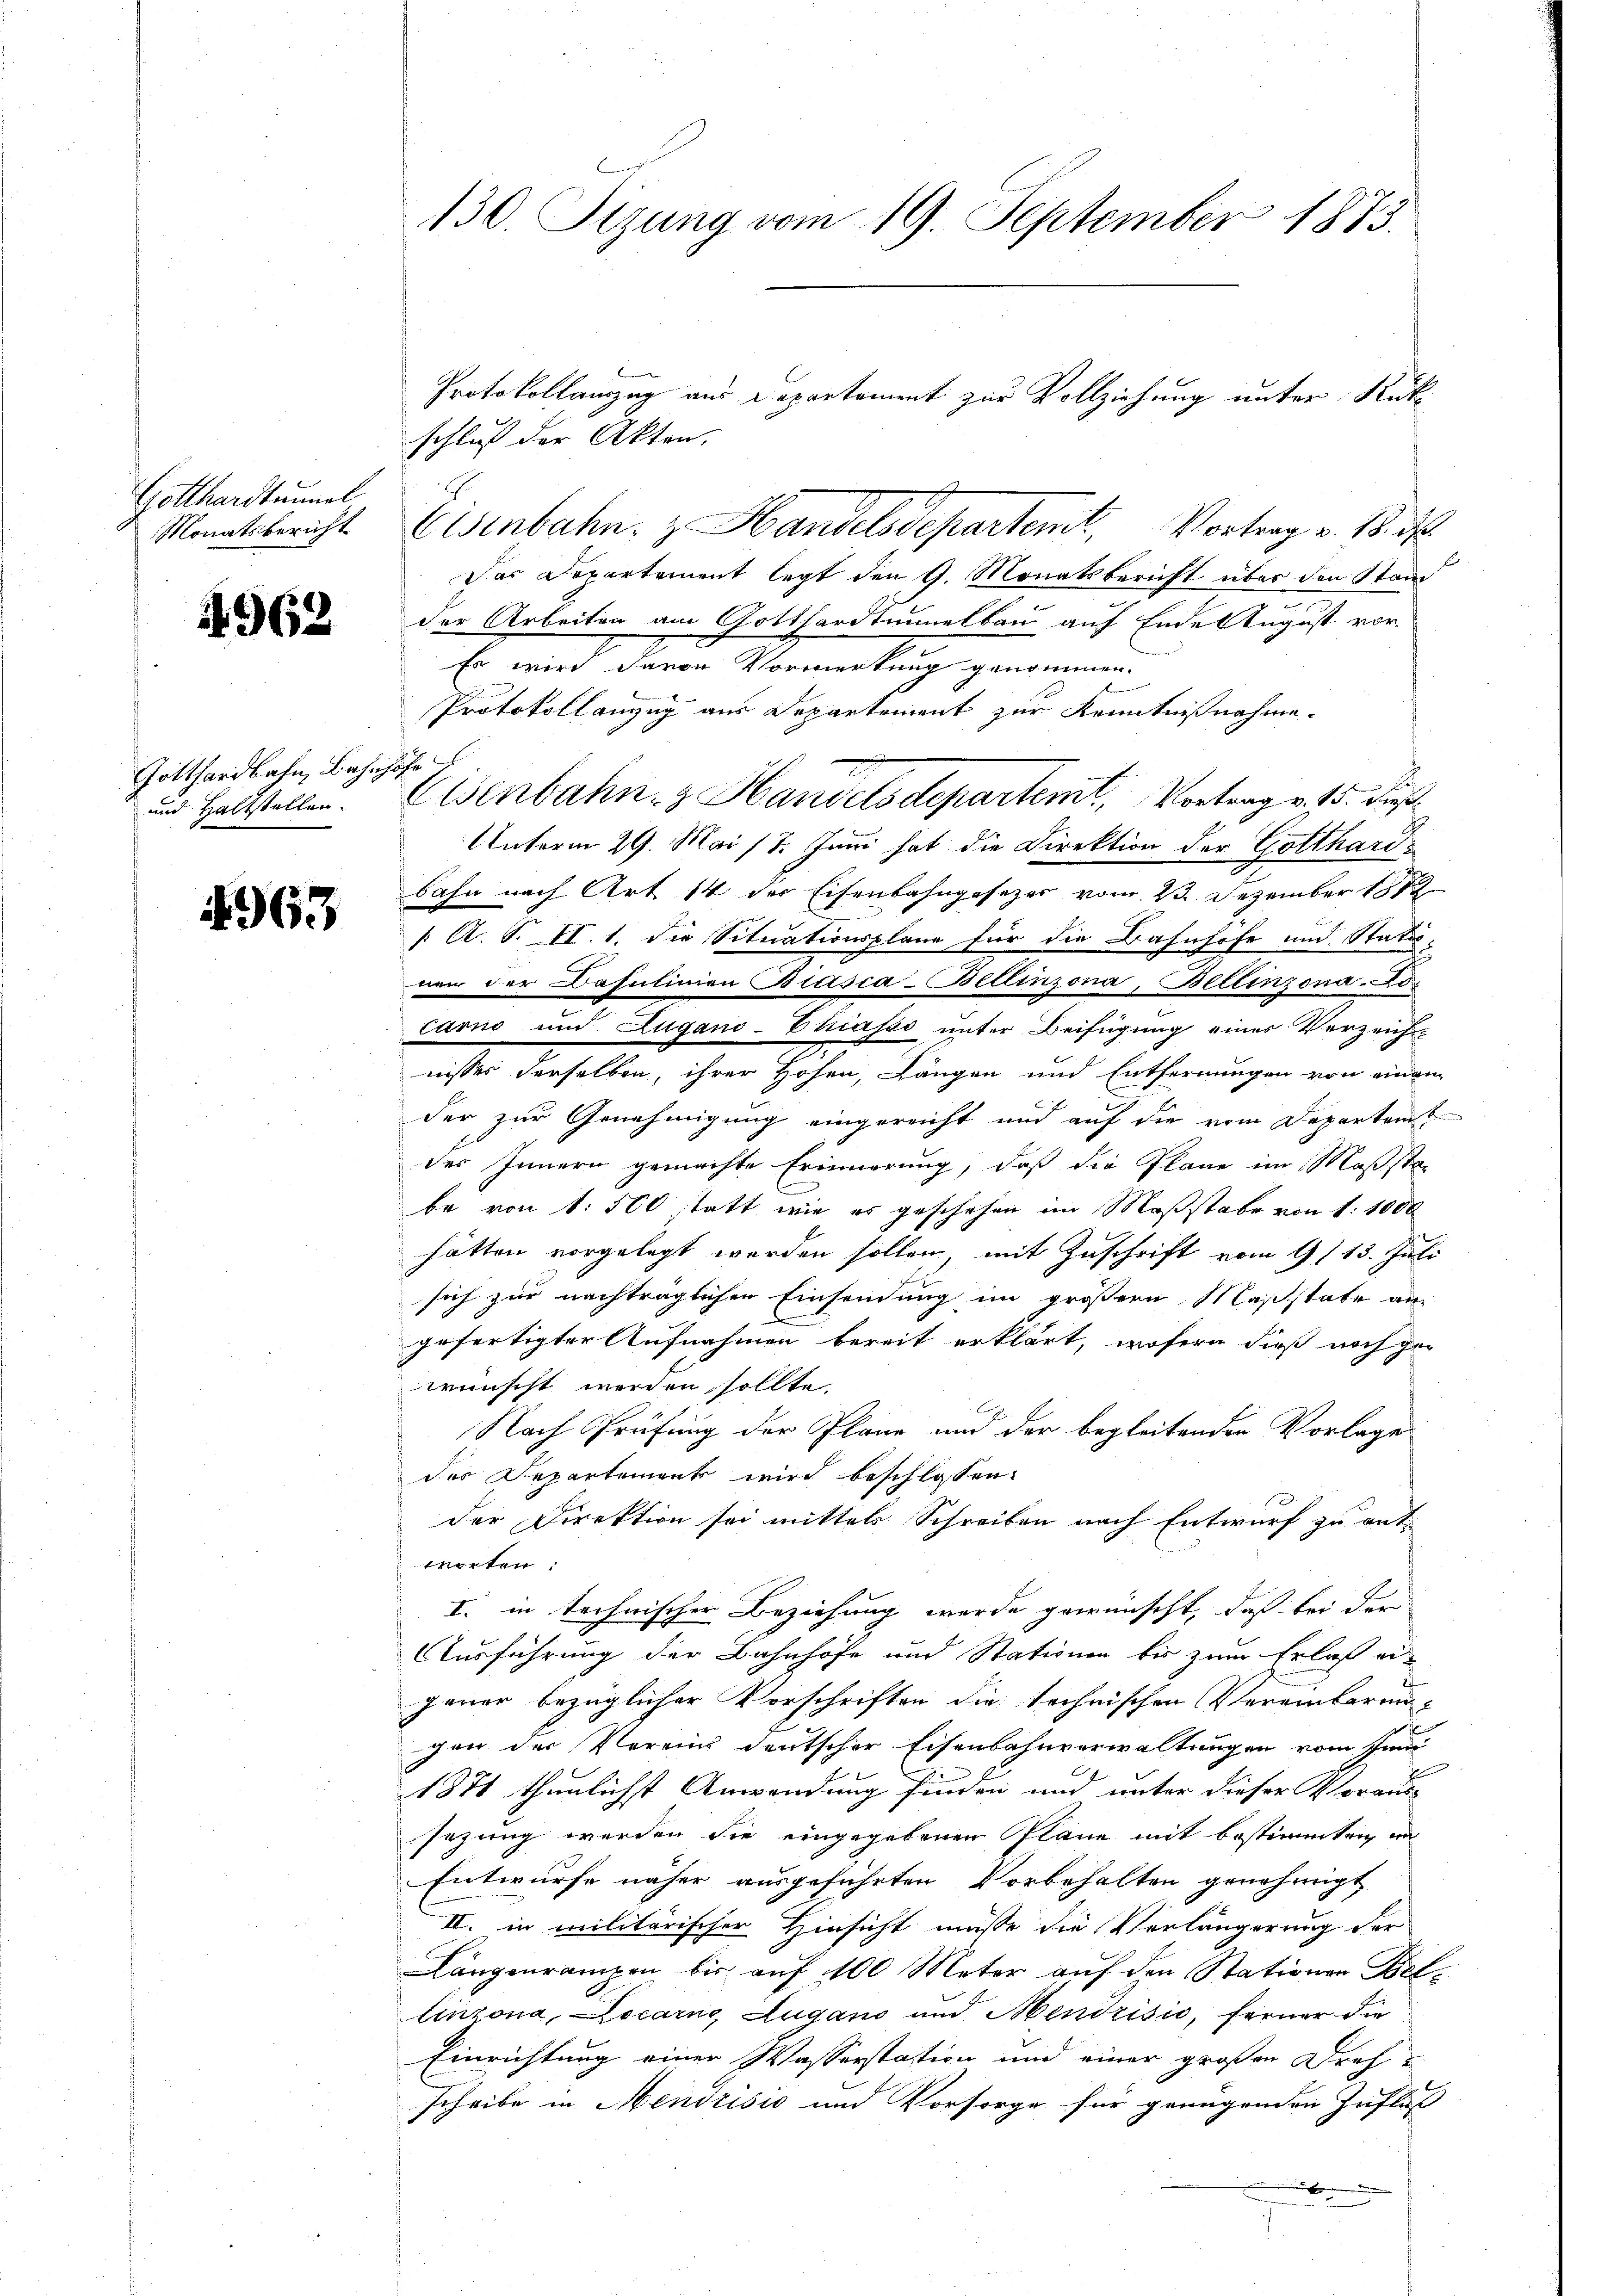
Gotthardtunnel
Monatsbericht

4962

Gotthardbahn, Bahn
und Haltstellen.

4963

130. Sizung vom 19. September 1873.

schluß der Akten,
Eisenbahn. z. Handelsdepartemt, Vortrag v. 18. d.
Das Departement legt den 9. Monatsbericht über den Stand
der Arbeiten am Gotthardtunnelbau auf Ende August vor
Es wird davon Vormerkung genommen.
Protokoll anzug aus Departement zur Kenntnißnahme

Eisenbahn. z. Handelsdepartemt. Vortrag v. 15. Dies
Unterm 29. Mai 17. Juni hat die Direktion der Gottharibahn nach Art 14 des Eisenbahngesezes vom 23. Dezember 1812.
/ A. S. II. 1. die Situationsplane für die Bahnhöfe und Statu-
nen der Basulinien Biasca-Bellinzona, Bellinzona.25.
carno und Lugano-Chiasso unter Beifügung einer Verzeicht
nisses derselben, ihrer Hohen, Längen und Entfernungen von einem
der zur Genehmigung eingereicht und auf die vom Departem
des Innern gemachte Erinnerung, daß die Pläne im Maßsta-
be von 1 500 statt, wie es geschehen im Maßstabe von 1. 1000
hätten vorgelegt werden sollen, mit Zuschrift vom 9/13. Juli
sich zur nachträglichen Einsendung im größern Maßstate an
gefertigter Aufnahmen bereit erklärt, wofern dieß noch ge-
wünscht werden sollte.
Nach Prüfung der Plane und der begleitender Vorlage
des Departement wird beschlossen:
der Direktion sei mittels Schreiben nach Entwurf zu ant-
worten:
I. in technischer Beziehung werde gewünscht, daß bei der
Ausführung der Bahnhöfe und Stationen bis zum Erlaß ei-
gauer bezüglicher Vorschriften die technischen Vereinbarungen der Verein deutscher Eisenbahnverwaltungen vom Sinn
1871 thunlichst Anwendung finden und unter dieser Voraus
sezung werden die eingegebenen Pläne mit bestimmten mi
Entwurfe näher ausgeführten Vorbehalten genehmigt
II. in militärischer Hinsicht müsse die Verlängerung der
Längenrampen bis auf 100 Meter auf den Stationen Bellinzona, Cocarng Lugano und Mendrisić, ferner die
Einrichtung einer Wasserstation und einer großen Drehu
scheibe in Mendrisis und Vorsorge für genügenden Influß
n

Protokollauszug aus Departement zur Vollziehung unter Rük¬